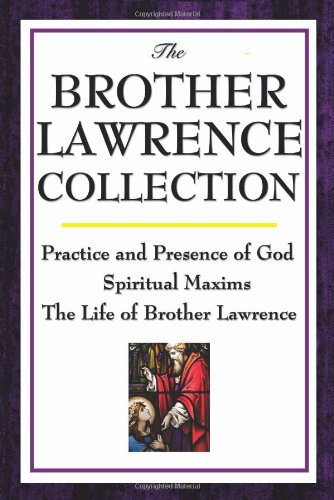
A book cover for The Brother Lawrence Collection: Practice and Presence of God, Spiritual Maxims, The Life of Brother Lawrence; Brother Lawrence; Christian Books & Bibles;